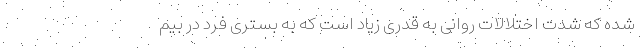
شده که شدت اختلالات روانی به قدری زیاد است که به بستری فرد در بیم